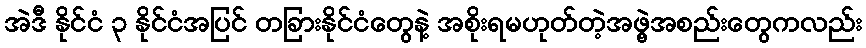
အဲဒီ နိုင်ငံ ၃ နိုင်ငံအပြင် တခြားနိုင်ငံတွေနဲ့ အစိုးရမဟုတ်တဲ့အဖွဲ့အစည်းတွေကလည်း